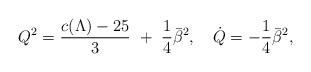
LaTeX: \begin{align*}Q^2={c(\Lambda)-25\over3}~+~{1\over4}\bar\beta^2,~~~\dot Q=-{1\over4}\bar\beta^2,\end{align*}